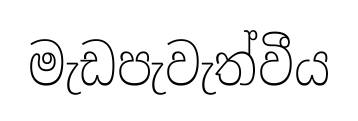
මැඩපැවැත්වීය